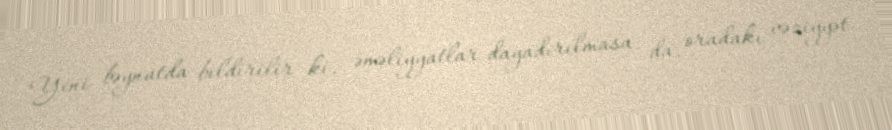
Yeni bəynatda bildirilir ki, əməliyyatlar dayadırılmasa da, oradakı vəziyyət